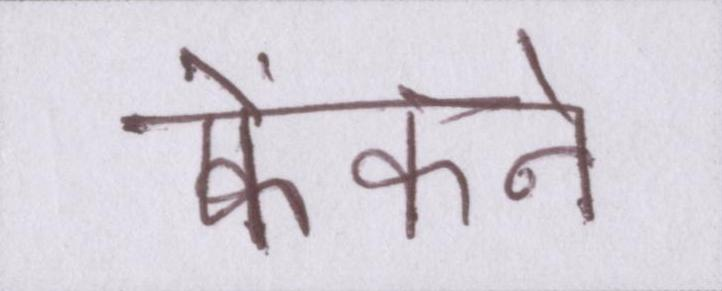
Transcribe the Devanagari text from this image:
फेंकने